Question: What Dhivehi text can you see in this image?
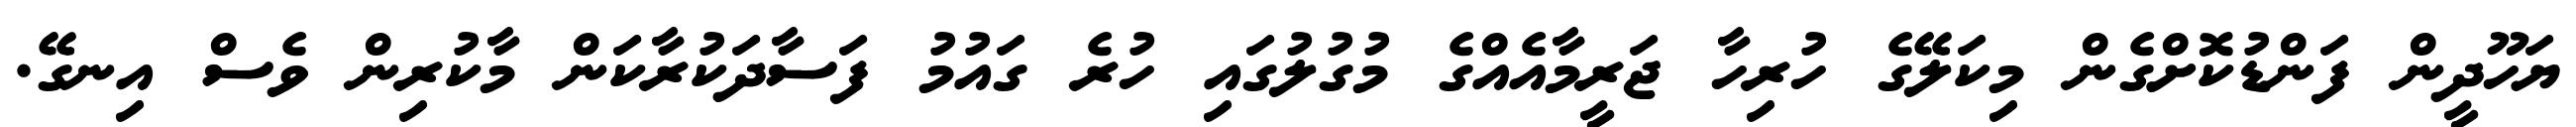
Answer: ޔަހޫދީން ފަންޑުކޮށްގެން މިކަލޭގެ ހުރިހާ ޖަރީމާއެއްގެ މުގުލުގައި ހުރެ ގައުމު ފަސާދަކުރާކަން މާކުރިން ވެސް އިނގޭ.